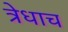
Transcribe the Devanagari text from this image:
त्रेधाच